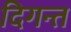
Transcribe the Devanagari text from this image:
दिगन्त